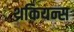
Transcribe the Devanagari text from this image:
थ्रकियन्स